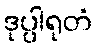
ဒုပ္ပါရုတံ